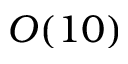
O ( 1 0 )